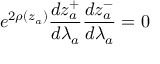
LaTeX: e ^ { 2 \rho ( z _ { a } ) } \frac { d z _ { a } ^ { + } } { d \lambda _ { a } } \frac { d z _ { a } ^ { - } } { d \lambda _ { a } } = 0